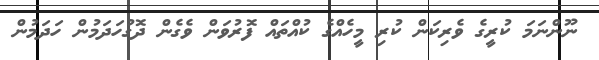
ނޫންނަމަ ކުރީގެ ވެރިކަން ކުރި މީހެއްގެ ކުއްތައް ފޮރުވަން ވެގެން ދޮގުހަދަމުން ހަދަމުން